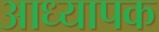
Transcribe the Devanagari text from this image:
आध्यापक